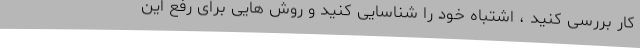
کار بررسی کنید ، اشتباه خود را شناسایی کنید و روش هایی برای رفع این